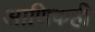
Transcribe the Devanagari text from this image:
आणिकही